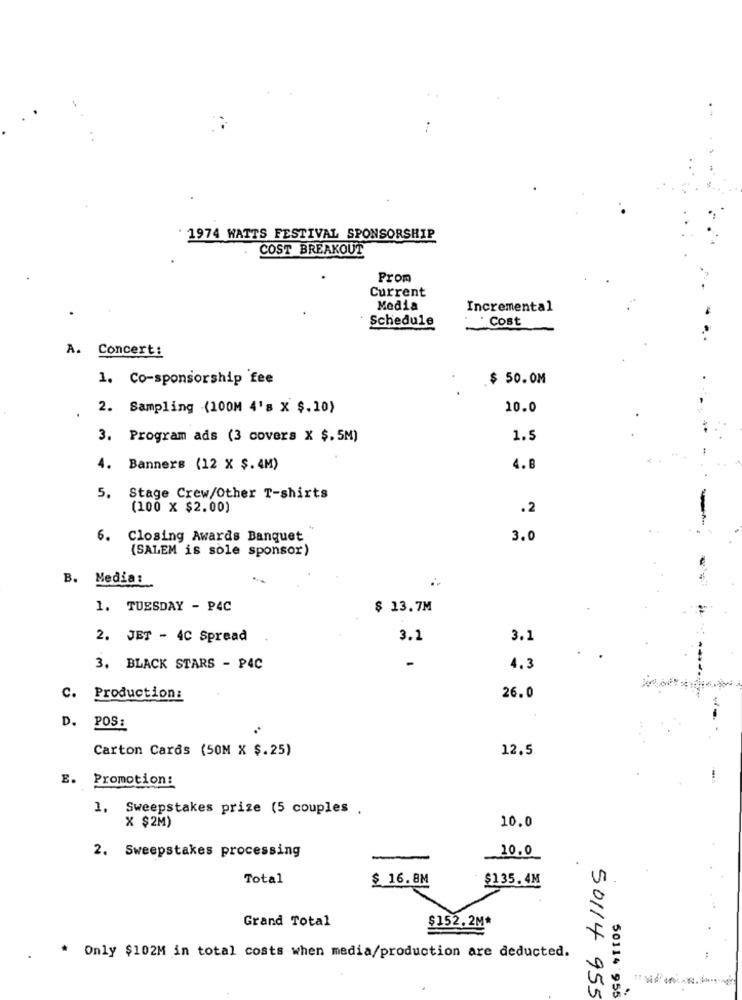
1974 WATTS FESTIVAL SPONSORSHIP
COST BREAKOUT
Prom
Current
Media
Incremental
· Cost
Schedule
A. Concert:
1. Co-sponsorship fee
$ 50.0M
2. Sampling (100M 4's X $.10)
10.0
3. Program ads (3 covers X $.5M)
1.5
4. Banners (12 X $. 4M)
4. 8
5. Stage Crew/Other T-shirts
(100 X $2.00)
.2
6.
Closing Awards Banquet
3.0
(SALEM is sole sponsor)
B. Media:
1. TUESDAY - P4C
$ 13.7M
2. JET - 4C Spread
3.1
3.1
-
3. BLACK STARS - P4C
4.3
C. Production:
26.0
D. POS:
Carton Cards (50M X $.25)
12.5
E. Promotion:
1. Sweepstakes prize (5 couples .
X $2M)
10.0
2. Sweepstakes processing
10.0
Total
$ 16.8M
$135.4M
Grand Total
$152.2M*
* Only $102M in total costs when media/production are deducted.
50114 955
50114 955